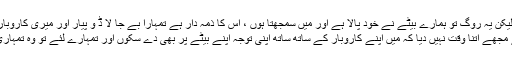
لیکن یہ روگ تو ہمارے بیٹے نے خود پالا ہے اور میں سمجھتا ہوں ، اِس کا ذمہ دار ہے تمہارا بے جا لا ڈ و پیار اور میری کاروباری مصروفیات.....
میرے کاروبار نے مجھے اِتنا وقت نہیں دیا کہ میں اپنے کاروبار کے ساتھ ساتھ اپنی توجہ اپنے بیٹے پر بھی دے سکوں اور تمہارے لئے تو وہ تمہاری اکلوتی اولاد تھی۔